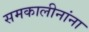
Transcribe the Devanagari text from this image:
समकालीनांना